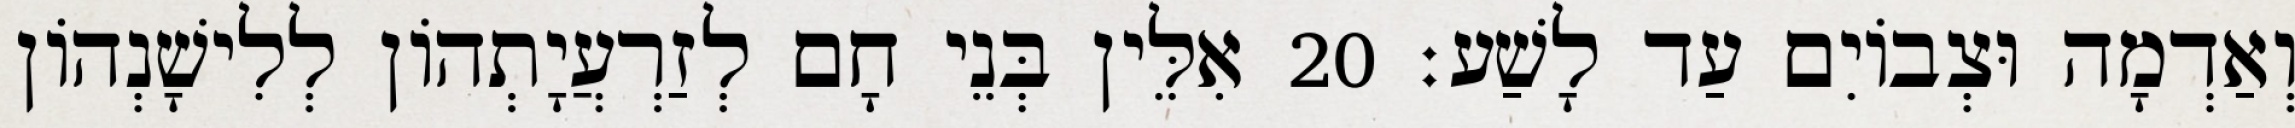
וְאַדְמָה וּצְבוֹיִם עַד לָשַׁע׃ 20 אִלֵּין בְּנֵי חָם לְזַרְעֲיָתְהוֹן לְלִישָׁנְהוֹן